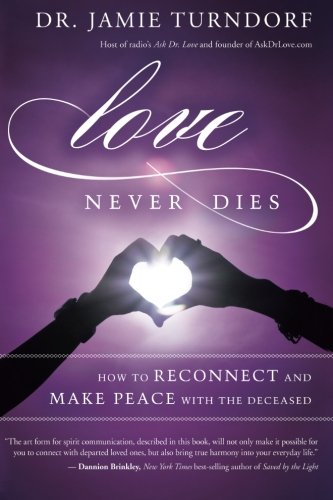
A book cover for Love Never Dies: How to Reconnect and Make Peace with the Deceased; Dr. Jamie Turndorf; Self-Help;